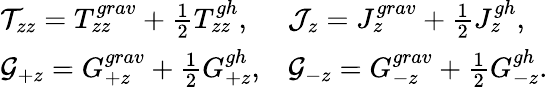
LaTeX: \begin{array}{ll}{{{\cal T}_{zz}=T_{zz}^{grav}+{\frac{1}{2}}T_{zz}^{gh},}}&{{{\cal J}_{z}=J_{z}^{grav}+{\frac{1}{2}}J_{z}^{gh},}}\\ {{{\cal G}_{+z}={G}_{+z}^{grav}+{\frac{1}{2}}{G}_{+z}^{gh},}}&{{{\cal G}_{-z}=G_{-z}^{grav}+{\frac{1}{2}}G_{-z}^{gh}.}}\end{array}